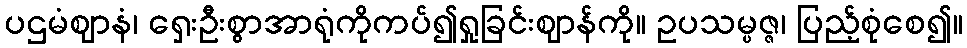
ပဌမံဈာနံ၊ ရှေးဦးစွာအာရုံကိုကပ်၍ရှုခြင်းဈာန်ကို။ ဥပသမ္ပဇ္ဇ၊ ပြည့်စုံစေ၍။